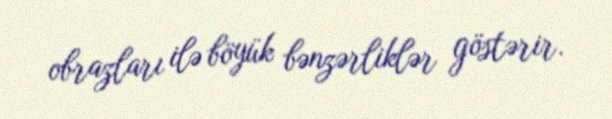
obrazları ilə böyük bənzərliklər göstərir.